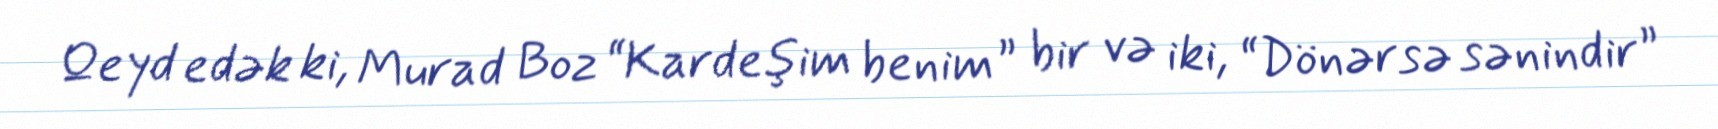
Qeyd edək ki, Murad Boz “Kardeşim benim” bir və iki, “Dönərsə sənindir”